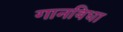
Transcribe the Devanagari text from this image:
गानविधा